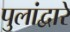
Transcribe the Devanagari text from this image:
पुलांद्वारे